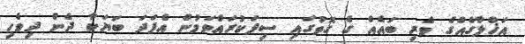
އަޚްލާގެއްގެ ވެރި ބައެއް ގެ ގޮތުގައި ސިފަކުރައްވަމުން އެފަދަ ބަޔަކާ ދެން ދިވެހި